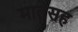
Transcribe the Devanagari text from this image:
मातेसह